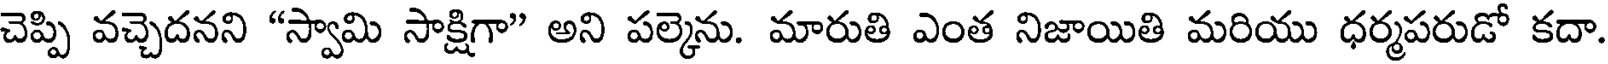
చెప్పి వచ్చెదనని "స్వామి సాక్షిగా" అని పల్కెను. మారుతి ఎంత నిజాయితి మరియు ధర్మపరుడో కదా